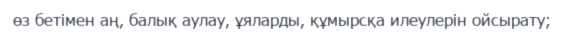
өз бетiмен аң, балық аулау, ұяларды, құмырсқа илеулерiн ойсырату;